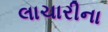
લાચારીના